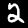
Digit: 2